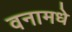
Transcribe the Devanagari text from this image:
वनामधे